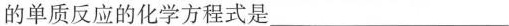
的单质反应的化学方程式是